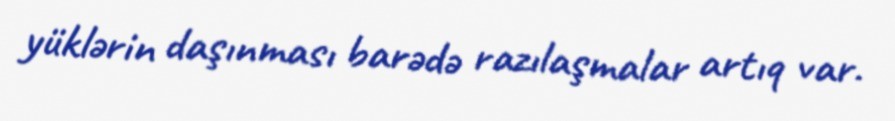
yüklərin daşınması barədə razılaşmalar artıq var.